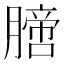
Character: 膪